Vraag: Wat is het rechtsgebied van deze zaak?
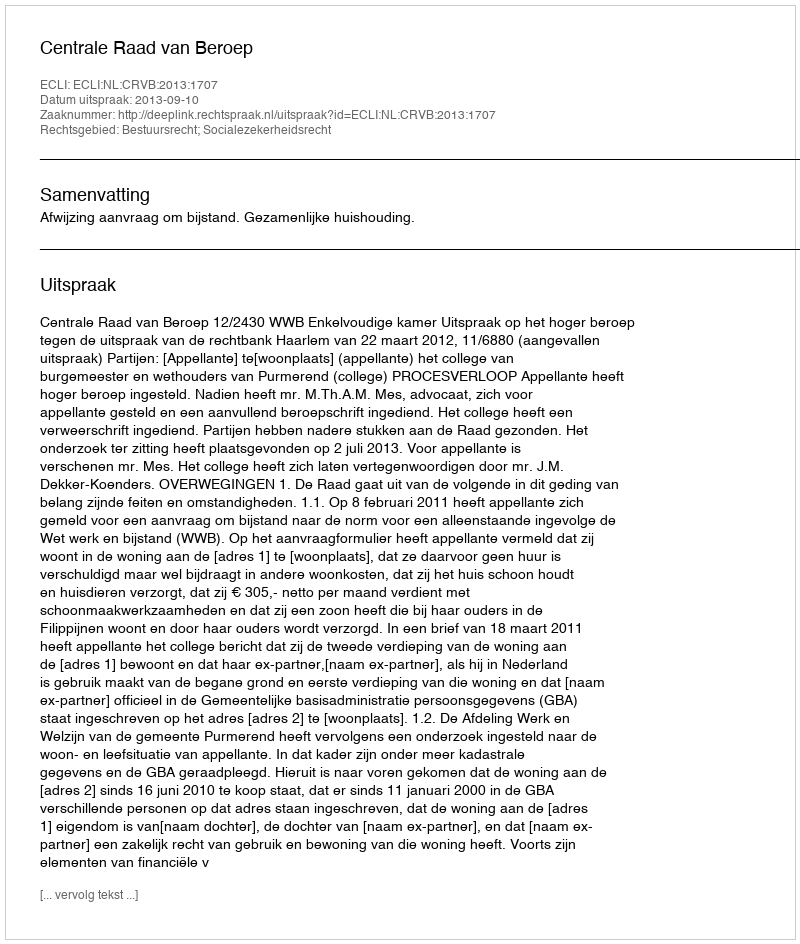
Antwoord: Bestuursrecht; Socialezekerheidsrecht